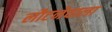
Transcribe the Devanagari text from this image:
लौटनेवाला